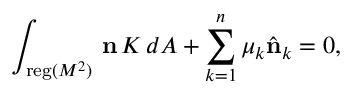
\int _ { { \mathrm { \small { r e g } } } ( M ^ { 2 } ) } \, { \bf n } \, K \, d A + \sum _ { k = 1 } ^ { n } \mu _ { k } \hat { \bf n } _ { k } = 0 ,